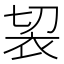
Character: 袃